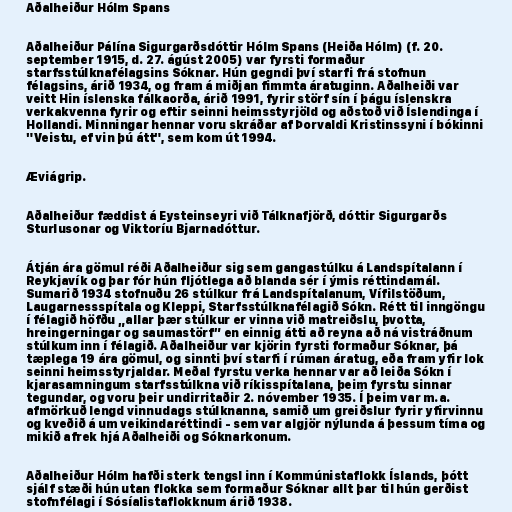
Aðalheiður Hólm Spans

Aðalheiður Pálína Sigurgarðsdóttir Hólm Spans (Heiða Hólm) (f. 20.
september 1915, d. 27. ágúst 2005) var fyrsti formaður
starfsstúlknafélagsins Sóknar. Hún gegndi því starfi frá stofnun
félagsins, árið 1934, og fram á miðjan fimmta áratuginn. Aðalheiði var
veitt Hin íslenska fálkaorða, árið 1991, fyrir störf sín í þágu íslenskra
verkakvenna fyrir og eftir seinni heimsstyrjöld og aðstoð við Íslendinga í
Hollandi. Minningar hennar voru skráðar af Þorvaldi Kristinssyni í bókinni
"Veistu, ef vin þú átt", sem kom út 1994.

Æviágrip.

Aðalheiður fæddist á Eysteinseyri við Tálknafjörð, dóttir Sigurgarðs
Sturlusonar og Viktoríu Bjarnadóttur.

Átján ára gömul réði Aðalheiður sig sem gangastúlku á Landspítalann í
Reykjavík og þar fór hún fljótlega að blanda sér í ýmis réttindamál.
Sumarið 1934 stofnuðu 26 stúlkur frá Landspítalanum, Vífilstöðum,
Laugarnessspítala og Kleppi, Starfsstúlknafélagið Sókn. Rétt til inngöngu
í félagið höfðu „allar þær stúlkur er vinna við matreiðslu, þvotta,
hreingerningar og saumastörf” en einnig átti að reyna að ná vistráðnum
stúlkum inn í félagið. Aðalheiður var kjörin fyrsti formaður Sóknar, þá
tæplega 19 ára gömul, og sinnti því starfi í rúman áratug, eða fram yfir lok
seinni heimsstyrjaldar. Meðal fyrstu verka hennar var að leiða Sókn í
kjarasamningum starfsstúlkna við ríkisspítalana, þeim fyrstu sinnar
tegundar, og voru þeir undirritaðir 2. nóvember 1935. Í þeim var m.a.
afmörkuð lengd vinnudags stúlknanna, samið um greiðslur fyrir yfirvinnu
og kveðið á um veikindaréttindi - sem var algjör nýlunda á þessum tíma og
mikið afrek hjá Aðalheiði og Sóknarkonum.

Aðalheiður Hólm hafði sterk tengsl inn í Kommúnistaflokk Íslands, þótt
sjálf stæði hún utan flokka sem formaður Sóknar allt þar til hún gerðist
stofnfélagi í Sósíalistaflokknum árið 1938.